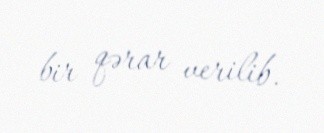
bir qərar verilib.